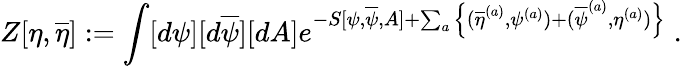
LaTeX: Z[\eta,\overline{{{\eta}}}]:=\int[d\psi][d\overline{{{\psi}}}][dA]e^{-S[\psi,\overline{{{\psi}}},A]+\sum_{a}\Big\{ (\overline{{{\eta}}}^{(a)},\psi^{(a)})+(\overline{{{\psi}}}^{(a)},\eta^{(a)})\Big\} }\; .